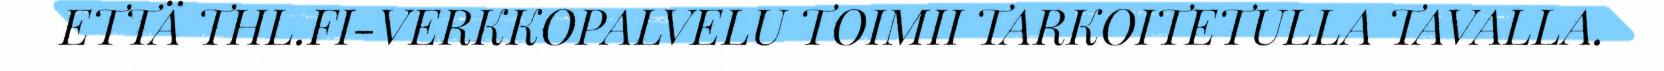
ETTÄ THL.FI-VERKKOPALVELU TOIMII TARKOITETULLA TAVALLA.